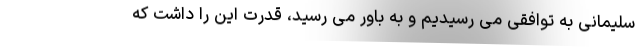
سلیمانی به توافقی می رسیدیم و به باور می رسید، قدرت این را داشت که